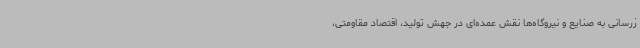
زرسانی به صنایع و نیروگاه‌ها نقش عمده‌ای در جهش تولید، اقتصاد مقاومتی،